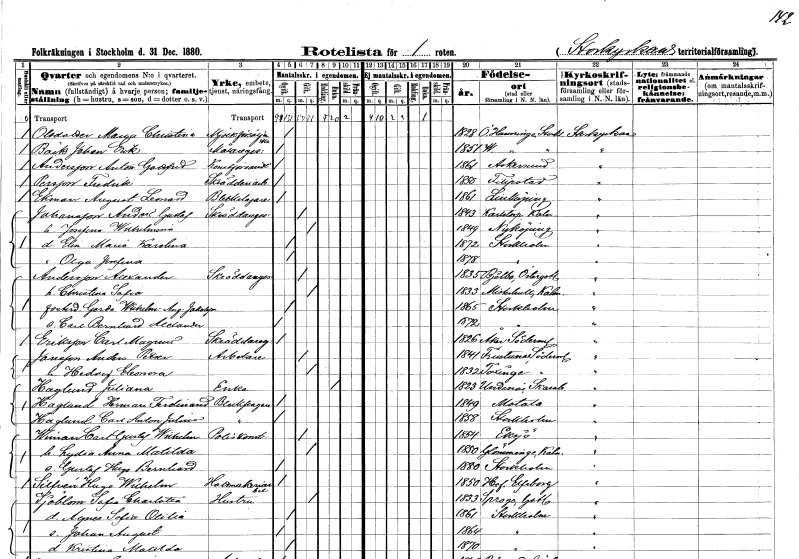
gt_parse: households: individuals: FN: Maria Christina
EN: Olsdotter
YRKE: Mjölkförsäljerska
KON: K
CIV: O
FODAR: 1828
FODFORS: Österhaninge Stockholms län
FN: Johan Erik
EN: Bäck
YRKE: Målaregesäll
KON: M
CIV: O
FODAR: 1851
FODFORS: Västerhaninge Stockholms län
FN: Anton Gottfrid
EN: Andersson
YRKE: Konstförvandt
KON: M
CIV: O
FODAR: 1861
FODFORS: Askersund Örebro län
FN: Fredrik
EN: Persson
YRKE: Skrädderiarbetare
KON: M
CIV: O
FODAR: 1850
FODFORS: Filipstad Värmlands län
FN: August Leonard
EN: Ekman
YRKE: Bleckslagare
KON: M
CIV: O
FODAR: 1861
FODFORS: Linköping Östergötlands län
FN: Anders Gustaf
EN: Johansson
YRKE: Skräddaregesäll
KON: M
CIV: G
FODAR: 1843
FODFORS: Karlstorp Jönköpings län
FN: Josefina Wilhelmina
KON: K
CIV: G
FODAR: 1849
FODFORS: Nyköping Södermanlands län
FN: Elin Maria Karolina
KON: K
CIV: O
FODAR: 1872
FODFORS: Stockholm
FN: Olga Josefina
KON: K
CIV: O
FODAR: 1878
FODFORS: Stockholm
FN: Alexander
EN: Andersson
YRKE: Skräddaregesäll
KON: M
CIV: G
FODAR: 1835
FODFORS: Bjälbo Östergötlands län
FN: Christina Sofia
KON: K
CIV: G
FODAR: 1833
FODFORS: Misterhult Kalmar län
FN: Gerda Wilhelmina Augusta
EN: Jakobsson
KON: K
CIV: O
FODAR: 1865
FODFORS: Stockholm
FN: Carl Bernhard Alexander
KON: M
CIV: O
FODAR: 1872
FODFORS: Stockholm
FN: Carl Magnus
EN: Eriksson
YRKE: Skräddaregesäll
KON: M
CIV: O
FODAR: 1826
FODFORS: Åker Södermanlands län
FN: Anders Petter
EN: Jonsson
YRKE: Arbetare
KON: M
CIV: G
FODAR: 1844
FODFORS: Frustuna Södermanlands län
FN: Hedvig Eleonora
KON: K
CIV: G
FODAR: 1832
FODFORS: Taxinge Stockholms län
FN: Juliana
EN: Haglund
YRKE: Änka
KON: K
CIV: E
FODAR: 1823
FODFORS: Undenäs Skaraborgs län
FN: Herman Ferdinand
EN: Haglund
YRKE: Bleckslagare
KON: M
CIV: O
FODAR: 1849
FODFORS: Motala Östergötlands län
FN: Carl Anton Julius
EN: Haglund
YRKE: Bleckslagare
KON: M
CIV: O
FODAR: 1858
FODFORS: Stockholm
FN: Carl Gustaf Wilhelm
EN: Wiman
YRKE: Poliskonstapel
KON: M
CIV: G
FODAR: 1854
FODFORS: Eksjö Jönköpings län
FN: Lydia Anna Matilda
KON: K
CIV: G
FODAR: 1850
FODFORS: Glömminge Kalmar län
FN: Gustaf Hugo Bernhard
KON: M
CIV: O
FODAR: 1880
FODFORS: Stockholm
FN: Hugo Wilhelm
EN: Silfvén
YRKE: Hattmakeriarbetare
KON: M
CIV: O
FODAR: 1850
FODFORS: Hov Älvsborgs län